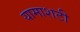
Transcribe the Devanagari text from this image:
यामाशटी